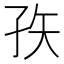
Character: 𰌣